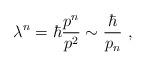
LaTeX: \begin{align*} \lambda^n = \hbar \frac {p^n}{p^2} \sim \frac {\hbar}{p_n}~,\end{align*}